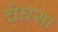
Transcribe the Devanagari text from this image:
चंघसा